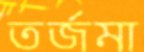
তর্জমা